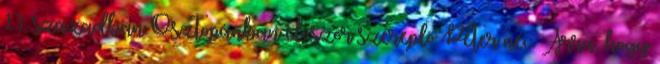
13. században Osztopánban először szereplő Péter név. Arra, hogy